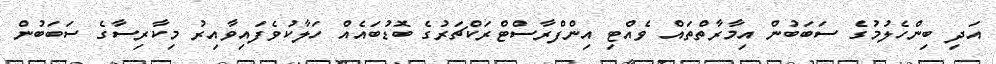
އަދި ބިންހެލުމުގެ ސަބަބުން އިމާރާތްތައް ވެއްޓި އިންފްރާސްޓްރަކްޗަރުގެ ބޮޑުބައެއް ހަލާކުވެފައިވާއިރު މިކާރިސާގެ ސަބަބުން